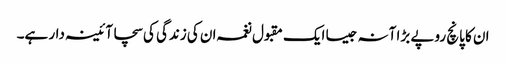
ان کا پانچ روپے بڑا آنہ جیسا ایک مقبول نغمہ ان کی زندگی کی سچا آئینہ دار ہے۔